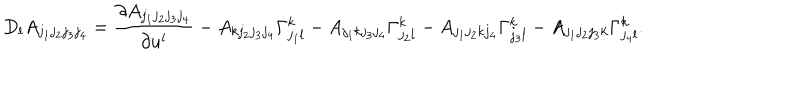
D _ { l } A _ { j _ { 1 } j _ { 2 } j _ { 3 } j _ { 4 } } = \frac { \partial A _ { j _ { 1 } j _ { 2 } j _ { 3 } j _ { 4 } } } { \partial u ^ { l } } - A _ { k j _ { 2 } j _ { 3 } j _ { 4 } } \Gamma _ { j _ { 1 } l } ^ { k } - A _ { j _ { 1 } k j _ { 3 } j _ { 4 } } \Gamma _ { j _ { 2 } l } ^ { k } - A _ { j _ { 1 } j _ { 2 } k j _ { 4 } } \Gamma _ { j _ { 3 } l } ^ { k } - A _ { j _ { 1 } j _ { 2 } j _ { 3 } k } \Gamma _ { j _ { 4 } l } ^ { k } .